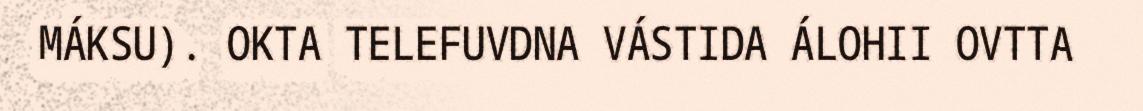
MÁKSU). OKTA TELEFUVDNA VÁSTIDA ÁLOHII OVTTA